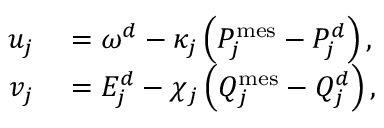
\begin{array} { r l } { u _ { j } } & { { } = \omega ^ { d } - \kappa _ { j } \left( P _ { j } ^ { \mathrm { m e s } } - P _ { j } ^ { d } \right) , } \\ { v _ { j } } & { { } = E _ { j } ^ { d } - \chi _ { j } \left( Q _ { j } ^ { \mathrm { m e s } } - Q _ { j } ^ { d } \right) , } \end{array}